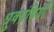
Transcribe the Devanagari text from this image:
ध्रुवग्रंथियाँ